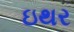
ઇથર